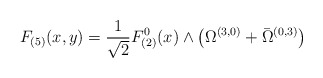
\begin{align*}F_{(5)}(x,y)= \frac 1{\sqrt{2}} F^0_{(2)}(x) \wedge \left(\Omega^{(3,0)} +\bar \Omega^{(0,3)}\right)\end{align*}